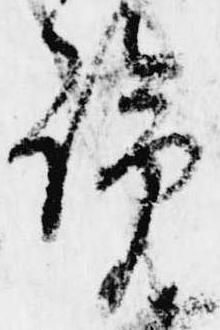
覧